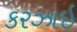
કરઝાઇ